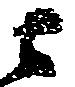
ニ